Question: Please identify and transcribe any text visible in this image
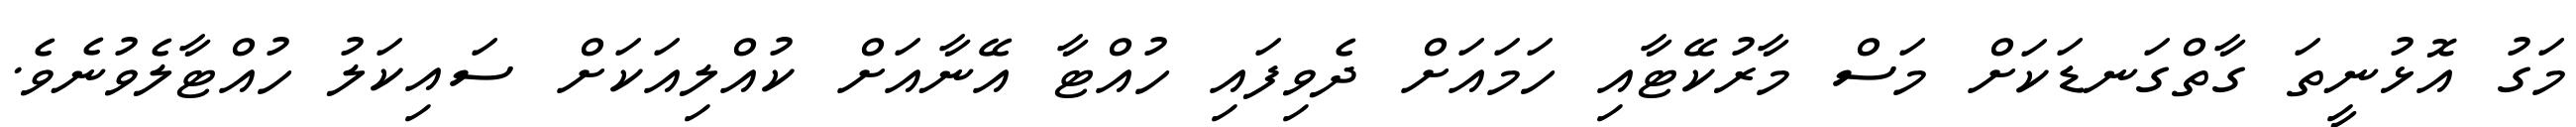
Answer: މަގު އޮޅުނީތަ ގާތްގަނޑަކަށް މަސް މާރުކޭޓާއި ހަމައަށް ދެވިފައި ހުއްޓާ އޭނާއަށް ކުއްލިއަކަށް ސައިކަލު ހުއްޓާލެވުނެވެ.